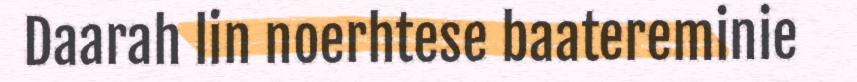
Daarah lin noerhtese baatereminie